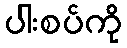
ပါးစပ်ကို